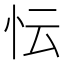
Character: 忶